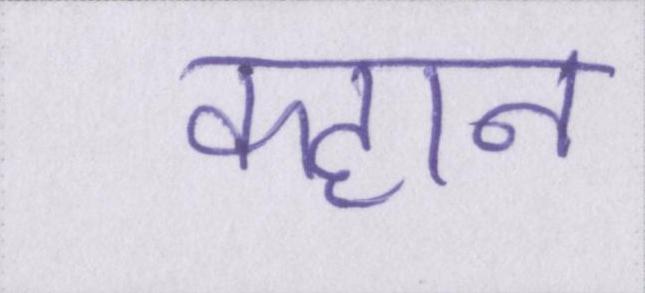
क्हान